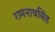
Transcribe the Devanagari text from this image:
रामनाथसिंह